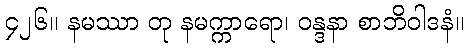
၄၂၆။ နမဿာ တု နမက္ကာရော၊ ဝန္ဒနာ စာဘိဝါဒနံ။